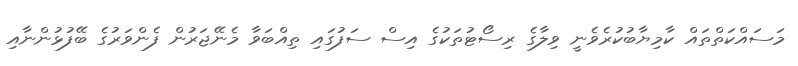
މަސައްކަތްތައް ކާމިޔާބުކުރެވެނީ ވިލާގެ ރިސޯޓުތަކުގެ އިސް ސަފުގައި ތިއްބަވާ މެނޭޖަރުން ފެންވަރުގެ ބޭފުޅުންނާއި